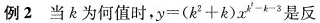
例2 当为何值时，$$y = ( k ^ { 2 } + k ) x ^ { k ^ { 2 } - k - 3 }$$是反